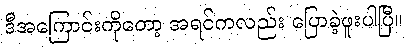
ဒီအကြောင်းကိုတော့ အရင်ကလည်း ပြောခဲ့ဖူးပါပြီ။